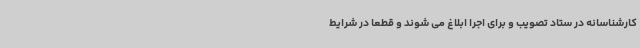
کارشناسانه در ستاد تصویب و برای اجرا ابلاغ می شوند و قطعا در شرایط